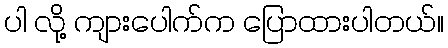
ပါ လို့ ကျားပေါက်က ပြောထားပါတယ်။